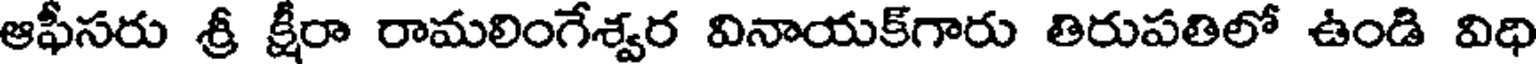
ఆఫీసరు శ్రీ క్షీరా రామలింగేశ్వర వినాయక్గారు తిరుపతిలో ఉండి విధి